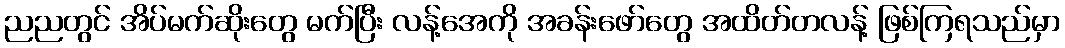
ညညတွင် အိပ်မက်ဆိုးတွေ မက်ပြီး လန့်အေကို အခန်းဖော်တွေ အထိတ်တလန့် ဖြစ်ကြရသည်မှာ